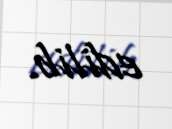
edilib.